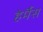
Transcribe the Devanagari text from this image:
हेर्मैस